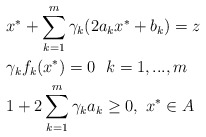
\begin{align*} &x^{*}+\sum\limits_{k=1}^m\gamma_k(2a_{k}x^{*}+b_{k})=z\ \ \\ &\gamma_kf_k(x^*)=0\ \ k=1,...,m \ \ \\ &1+2\sum\limits_{k=1}^m\gamma_k a_k\ge0,\ x^{*}\in A \ \ \end{align*}